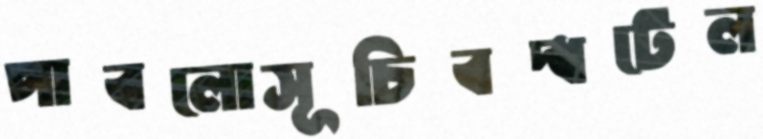
পাবলোসূচিবদ্ধটেল